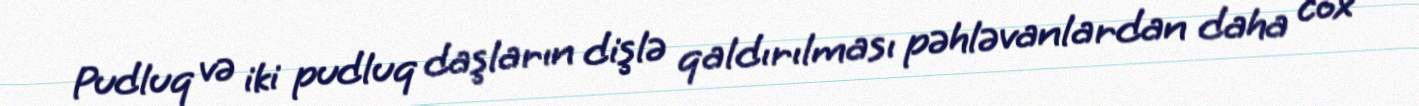
Pudluq və iki pudluq daşların dişlə qaldırılması pəhləvanlardan daha cox